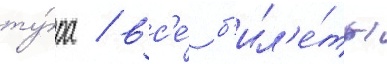
ту́ра / вс'е́ б'ил'е́ты